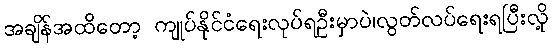
အချိန်အထိတော့ ကျုပ်နိုင်ငံရေးလုပ်ရဦးမှာပဲ၊လွတ်လပ်ရေးရပြီးလို့